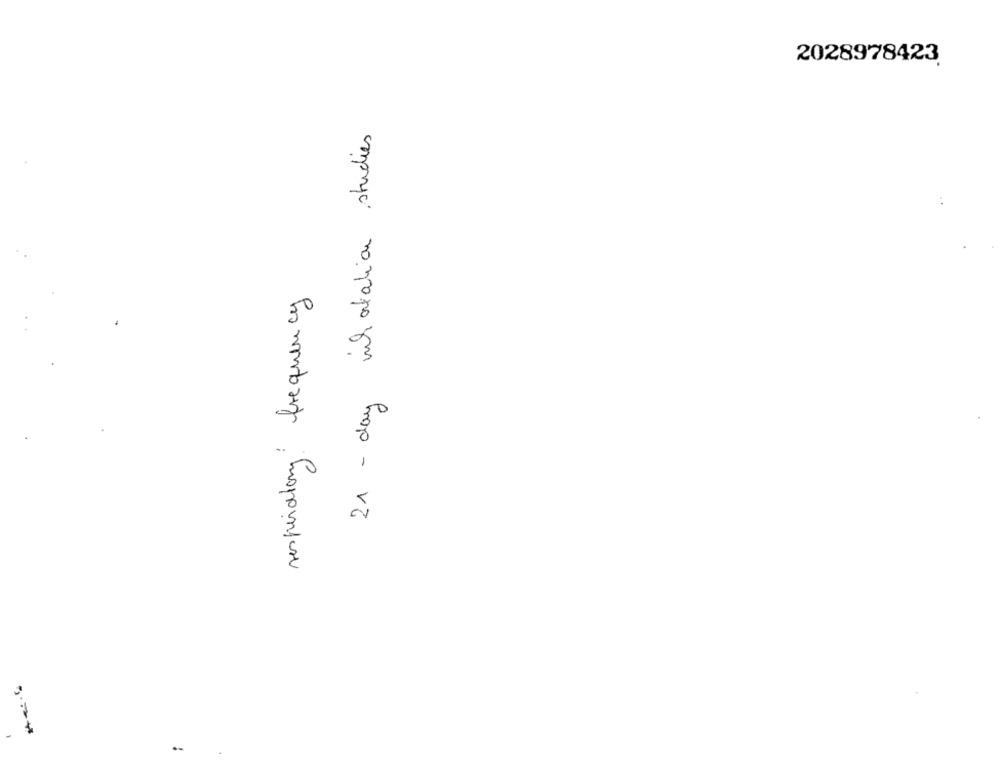
2028978423
21 - day inhatation studies
respiratory frequency
..